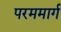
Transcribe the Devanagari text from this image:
परममार्ग